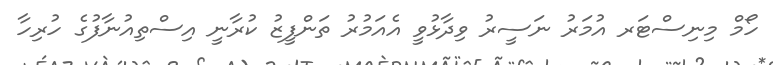
ހޯމް މިނިސްޓަރ އުމަރު ނަސީރު ވިދާޅުވީ އެއަމުރު ތަންފީޒު ކުރާނީ އިސްތިއުނާފުގެ ހުރިހާ